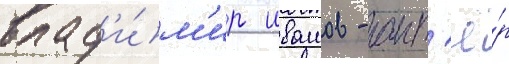
влад'и́м'ир ивашов - акт'ё́р